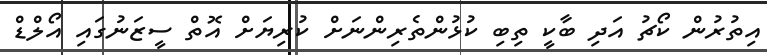
އިތުރުން ކޯޗު އަދި ބާކީ ތިބި ކުޅުންތެރިންނަށް ކުރިޔަށް އޮތް ސީޒަނުގައި އޯލްޑް